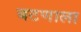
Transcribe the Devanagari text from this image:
बटणाला